Annual report of the Imperial Bacteriological Laboratory, Muktesar
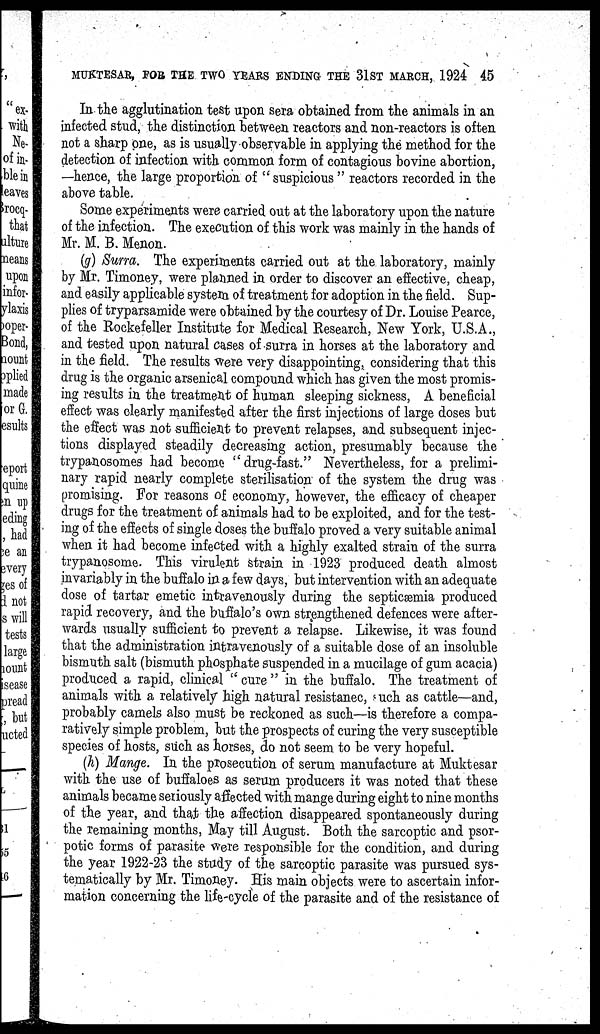
MUKTESAR, FOR THE TWO YEARS ENDING THE 31ST MARCH, 1924 45
In the agglutination test upon sera obtained from the animals in an
infected stud, the distinction between reactors and non-reactors is often
not a sharp one, as is usually observable in applying the method for the
detection of infection with common form of contagious bovine abortion,
—hence, the large proportion of " suspicious" reactors recorded in the
above table.
Some experiments were carried out at the laboratory upon the nature
of the infection. The execution of this work was mainly in the hands of
Mr. M. B. Menon.
(g) Surra. The experiments carried out at the laboratory, mainly
by Mr. Timoney, were planned in order to discover an effective, cheap,
and easily applicable system of treatment for adoption in the field. Sup-
plies of tryparsamide were obtained by the courtesy of Dr. Louise Pearce,
of the Rockefeller Institute for Medical Research, New York, U.S.A.,
and tested upon natural cases of surra in horses at the laboratory and
in the field. The results were very disappointing, considering that this
drug is the organic arsenical compound which has given the most promis-
ing results in the treatment of human sleeping sickness, A beneficial
effect was clearly manifested after the first injections of large doses but
the effect was not sufficient to prevent relapses, and subsequent injec-
tions displayed steadily decreasing action, presumably because the
trypanosomes had become "drug-fast." Nevertheless, for a prelimi-
nary rapid nearly complete sterilisation of the system the drug was
promising. For reasons of economy, however, the efficacy of cheaper
drugs for the treatment of animals had to be exploited, and for the test-
ing of the effects of single doses the buffalo proved a very suitable animal
when it had become infected with a highly exalted strain of the surra
trypanosome. This virulent strain in 1923 produced death almost
invariably in the buffalo in a few days, but intervention with an adequate
dose of tartar emetic intravenously during the septicæmia produced
rapid recovery, and the buffalo's own strengthened defences were after-
wards usually sufficient to prevent a relapse. Likewise, it was found
that the administration intravenously of a suitable dose of an insoluble
bismuth salt (bismuth phosphate suspended in a mucilage of gum acacia)
produced a rapid, clinical " cure " in the buffalo. The treatment of
animals with a relatively high natural resistanec, such as cattle—and,
probably camels also must be reckoned as such—is therefore a compa-
ratively simple problem, but the prospects of curing the very susceptible
species of hosts, such as horses, do not seem to be very hopeful.
(h) Mange. In the prosecution of serum manufacture at Muktesar
with the use of buffaloes as serum producers it was noted that these
animals became seriously affected with mange during eight to nine months
of the year, and that the affection disappeared spontaneously during
the remaining months, May till August. Both the sarcoptic and psor-
potic forms of parasite were responsible for the condition, and during
the year 1922-23 the study of the sarcoptic parasite was pursued sys-
tematically by Mr. Timoney. His main objects were to ascertain infor-
mation concerning the life-cycle of the parasite and of the resistance of